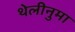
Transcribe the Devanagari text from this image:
थेलीनुमा